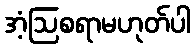
အံ့ဩစရာမဟုတ်ပါ